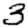
Digit: 3